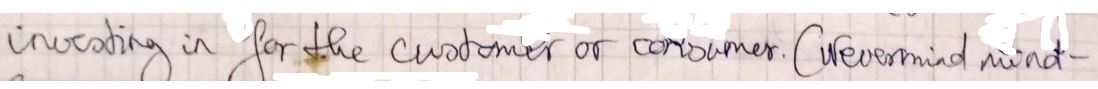
invating in for the customer or consumer. (neverrmind wind-